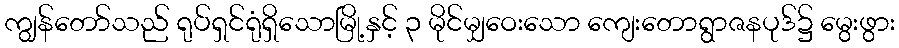
ကျွန်တော်သည် ရုပ်ရှင်ရုံရှိသောမြို့နှင့် ၃ မိုင်မျှဝေးသော ကျေးတောရွာဇနပုဒ်၌ မွေးဖွား